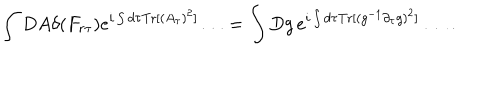
\int D A \delta ( F _ { r \tau } ) e ^ { i \int d \tau { \mathrm { T r } } [ ( A _ { \tau } ) ^ { 2 } ] } \ldots = \int D g \, e ^ { i \int d \tau { \mathrm { T r } } [ ( g ^ { - 1 } \partial _ { \tau } g ) ^ { 2 } ] } \ldots \, .